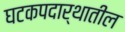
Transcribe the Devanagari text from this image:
घटकपदार्थातील